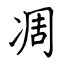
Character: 凋